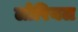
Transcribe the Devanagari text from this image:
लोरियल